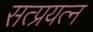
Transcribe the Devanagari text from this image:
सत्प्रयत्न